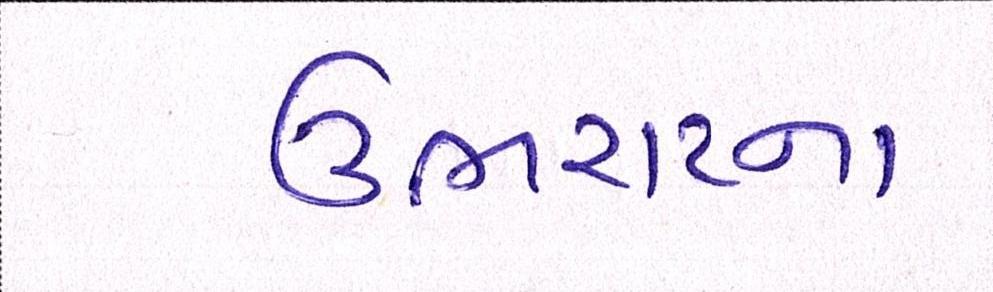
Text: ઉભરાટના